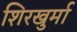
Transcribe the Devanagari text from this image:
शिरखुर्मा